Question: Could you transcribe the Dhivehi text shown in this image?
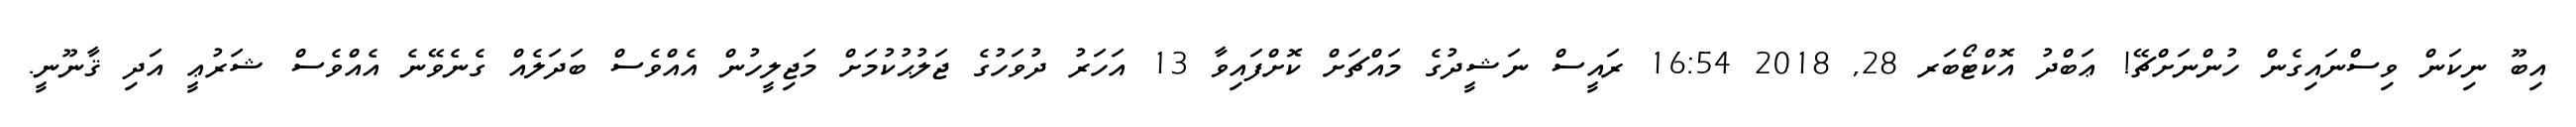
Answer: އިބޫ ނިކަން ވިސްނައިގެން ހުންނަށްޗޭ! ޢަބްދު އޮކްޓޯބަރ 28, 2018 16:54 ރައީސް ނަޝީދުގެ މައްޗަށް ކޮށްފައިވާ 13 އަހަރު ދުވަހުގެ ޖަލުޙުކުމަށް މަޖިލީހުން އެއްވެސް ބަދަލެއް ގެނެވޭނެ އެއްވެސް ޝަރުޢީ އަދި ޤާނޫނީ.